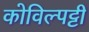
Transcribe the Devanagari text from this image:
कोविल्पट्टी